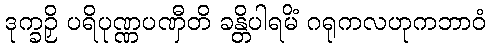
ဒုက္ခဉှိ ပရိပုဏ္ဏပဏှီတိ ခန္တိပါရမိံ ဂရုကလဟုကဘာဝံ